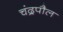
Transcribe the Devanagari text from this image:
चंद्रपौल